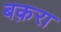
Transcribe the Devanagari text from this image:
बक़रा